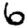
Digit: 6